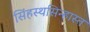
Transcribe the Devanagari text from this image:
सिंहस्थसिन्हास्त